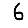
Digit: 6